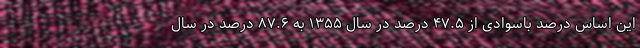
این اساس درصد باسوادی از ۴۷.۵ درصد در سال ۱۳۵۵ به ۸۷.۶ درصد در سال